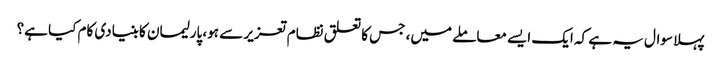
پہلا سوال یہ ہے کہ ایک ایسے معاملے میں، جس کا تعلق نظام تعزیر سے ہو، پارلیمان کا بنیادی کام کیا ہے؟